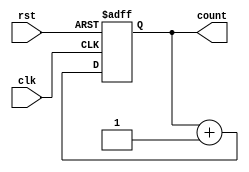
module cascaded_counter (
    input wire clk,                  // Clock input
    input wire rst,                  // Reset input
    output reg [3:0] count           // 4-bit count output
);

reg [3:0] count_next;               // Next count value
reg [3:0] count_reg;                // Register to hold current count value

always @(posedge clk or posedge rst) begin
    if (rst) begin
        count_reg <= 4'b0000;       // Reset count value
    end else begin
        count_reg <= count_next;    // Update count value
    end
end

always @* begin
    count_next = count_reg + 4'b0001; // Increment count by 1
end

assign count = count_reg;           // Output current count value

endmodule